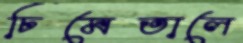
ঢিমেতালে